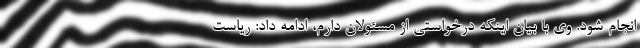
انجام شود. وی با بیان اینکه درخواستی از مسئولان دارم، ادامه داد: ریاست